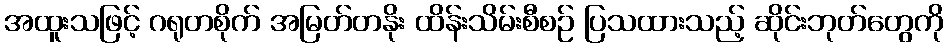
အထူးသဖြင့် ဂရုတစိုက် အမြတ်တနိုး ထိန်းသိမ်းစီစဉ် ပြသထားသည့် ဆိုင်းဘုတ်တွေကို